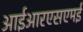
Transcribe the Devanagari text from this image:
आईआरएसएमई